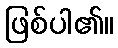
ဖြစ်ပါ၏။